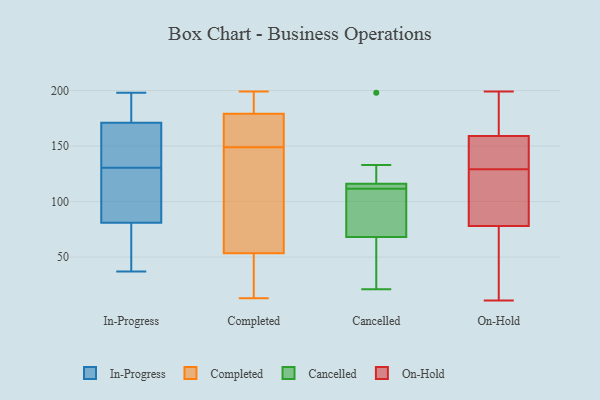
{"axis": {"x": "Website Visitors", "y": "Value"}, "legend": ["Cancelled", "Completed", "In-Progress", "On-Hold"], "data": [{"x": "", "y": 198, "type": "In-Progress"}, {"x": "", "y": 132, "type": "In-Progress"}, {"x": "", "y": 128, "type": "In-Progress"}, {"x": "", "y": 129, "type": "In-Progress"}, {"x": "", "y": 182, "type": "In-Progress"}, {"x": "", "y": 171, "type": "In-Progress"}, {"x": "", "y": 59, "type": "In-Progress"}, {"x": "", "y": 81, "type": "In-Progress"}, {"x": "", "y": 145, "type": "In-Progress"}, {"x": "", "y": 37, "type": "In-Progress"}, {"x": "", "y": 34, "type": "Completed"}, {"x": "", "y": 149, "type": "Completed"}, {"x": "", "y": 199, "type": "Completed"}, {"x": "", "y": 154, "type": "Completed"}, {"x": "", "y": 13, "type": "Completed"}, {"x": "", "y": 170, "type": "Completed"}, {"x": "", "y": 182, "type": "Completed"}, {"x": "", "y": 88, "type": "Completed"}, {"x": "", "y": 193, "type": "Completed"}, {"x": "", "y": 42, "type": "Completed"}, {"x": "", "y": 101, "type": "Completed"}, {"x": "", "y": 112, "type": "Cancelled"}, {"x": "", "y": 133, "type": "Cancelled"}, {"x": "", "y": 115, "type": "Cancelled"}, {"x": "", "y": 111, "type": "Cancelled"}, {"x": "", "y": 116, "type": "Cancelled"}, {"x": "", "y": 124, "type": "Cancelled"}, {"x": "", "y": 68, "type": "Cancelled"}, {"x": "", "y": 198, "type": "Cancelled"}, {"x": "", "y": 111, "type": "Cancelled"}, {"x": "", "y": 24, "type": "Cancelled"}, {"x": "", "y": 112, "type": "Cancelled"}, {"x": "", "y": 22, "type": "Cancelled"}, {"x": "", "y": 125, "type": "Cancelled"}, {"x": "", "y": 98, "type": "Cancelled"}, {"x": "", "y": 21, "type": "Cancelled"}, {"x": "", "y": 23, "type": "Cancelled"}, {"x": "", "y": 86, "type": "Cancelled"}, {"x": "", "y": 116, "type": "Cancelled"}, {"x": "", "y": 78, "type": "On-Hold"}, {"x": "", "y": 101, "type": "On-Hold"}, {"x": "", "y": 161, "type": "On-Hold"}, {"x": "", "y": 147, "type": "On-Hold"}, {"x": "", "y": 189, "type": "On-Hold"}, {"x": "", "y": 149, "type": "On-Hold"}, {"x": "", "y": 199, "type": "On-Hold"}, {"x": "", "y": 11, "type": "On-Hold"}, {"x": "", "y": 48, "type": "On-Hold"}, {"x": "", "y": 127, "type": "On-Hold"}, {"x": "", "y": 59, "type": "On-Hold"}, {"x": "", "y": 159, "type": "On-Hold"}, {"x": "", "y": 87, "type": "On-Hold"}, {"x": "", "y": 131, "type": "On-Hold"}]}